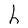
Character: h